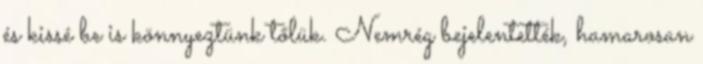
és kissé be is könnyeztünk tőlük. Nemrég bejelentették, hamarosan